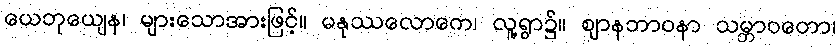
ယေဘုယျေန၊ များသောအားဖြင့်။ မနုဿလောကေ၊ လူ့ရွာ၌။ ဈာနဘာဝနာ သမ္ဘာဝတော၊